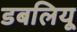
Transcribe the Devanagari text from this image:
डबलियू